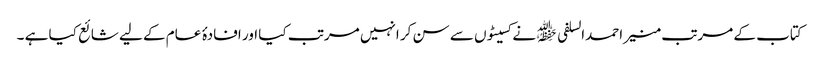
کتاب کے مرتب منیر احمدالسلفی ﷾ نے کسیٹوں سے سن کر انہیں مرتب کیا اور افادۂ عام کے لیے شائع کیا ہے ۔